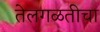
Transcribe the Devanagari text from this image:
तेलगळतीचा